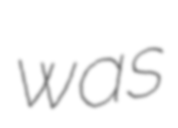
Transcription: was